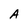
Character: A